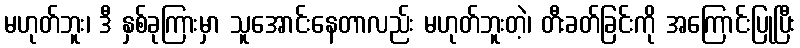
မဟုတ်ဘူး၊ ဒီ နှစ်ခုကြားမှာ သူအောင်းနေတာလည်း မဟုတ်ဘူးတဲ့၊ တီးခတ်ခြင်းကို အကြောင်းပြုပြီး